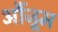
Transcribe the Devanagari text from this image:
औंजूम